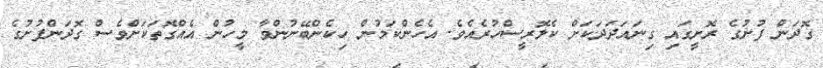
ގޮދަން ފުށުގެ ރޮށީގައި ގިނައަދަދަކަށް ކެލޮރީސްހުރެއެވެ. އެހެންކަމުން ހިކެންބޭނުންވާ މީހުން އެއްގޮތަކަށްވެސް ގޮދަންފުށުގެ